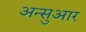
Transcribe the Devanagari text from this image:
अन्सुआर